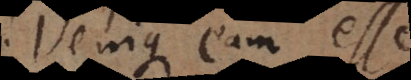
Denique eam esse